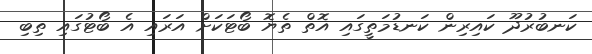
ކަނބުރުދޫ ކައިރިން ކަނޑުމަތީގައި އޮތް ތެޔޮ ބޯޓަކަށް އަރައި އެ ބޯޓުގައި ތިބި